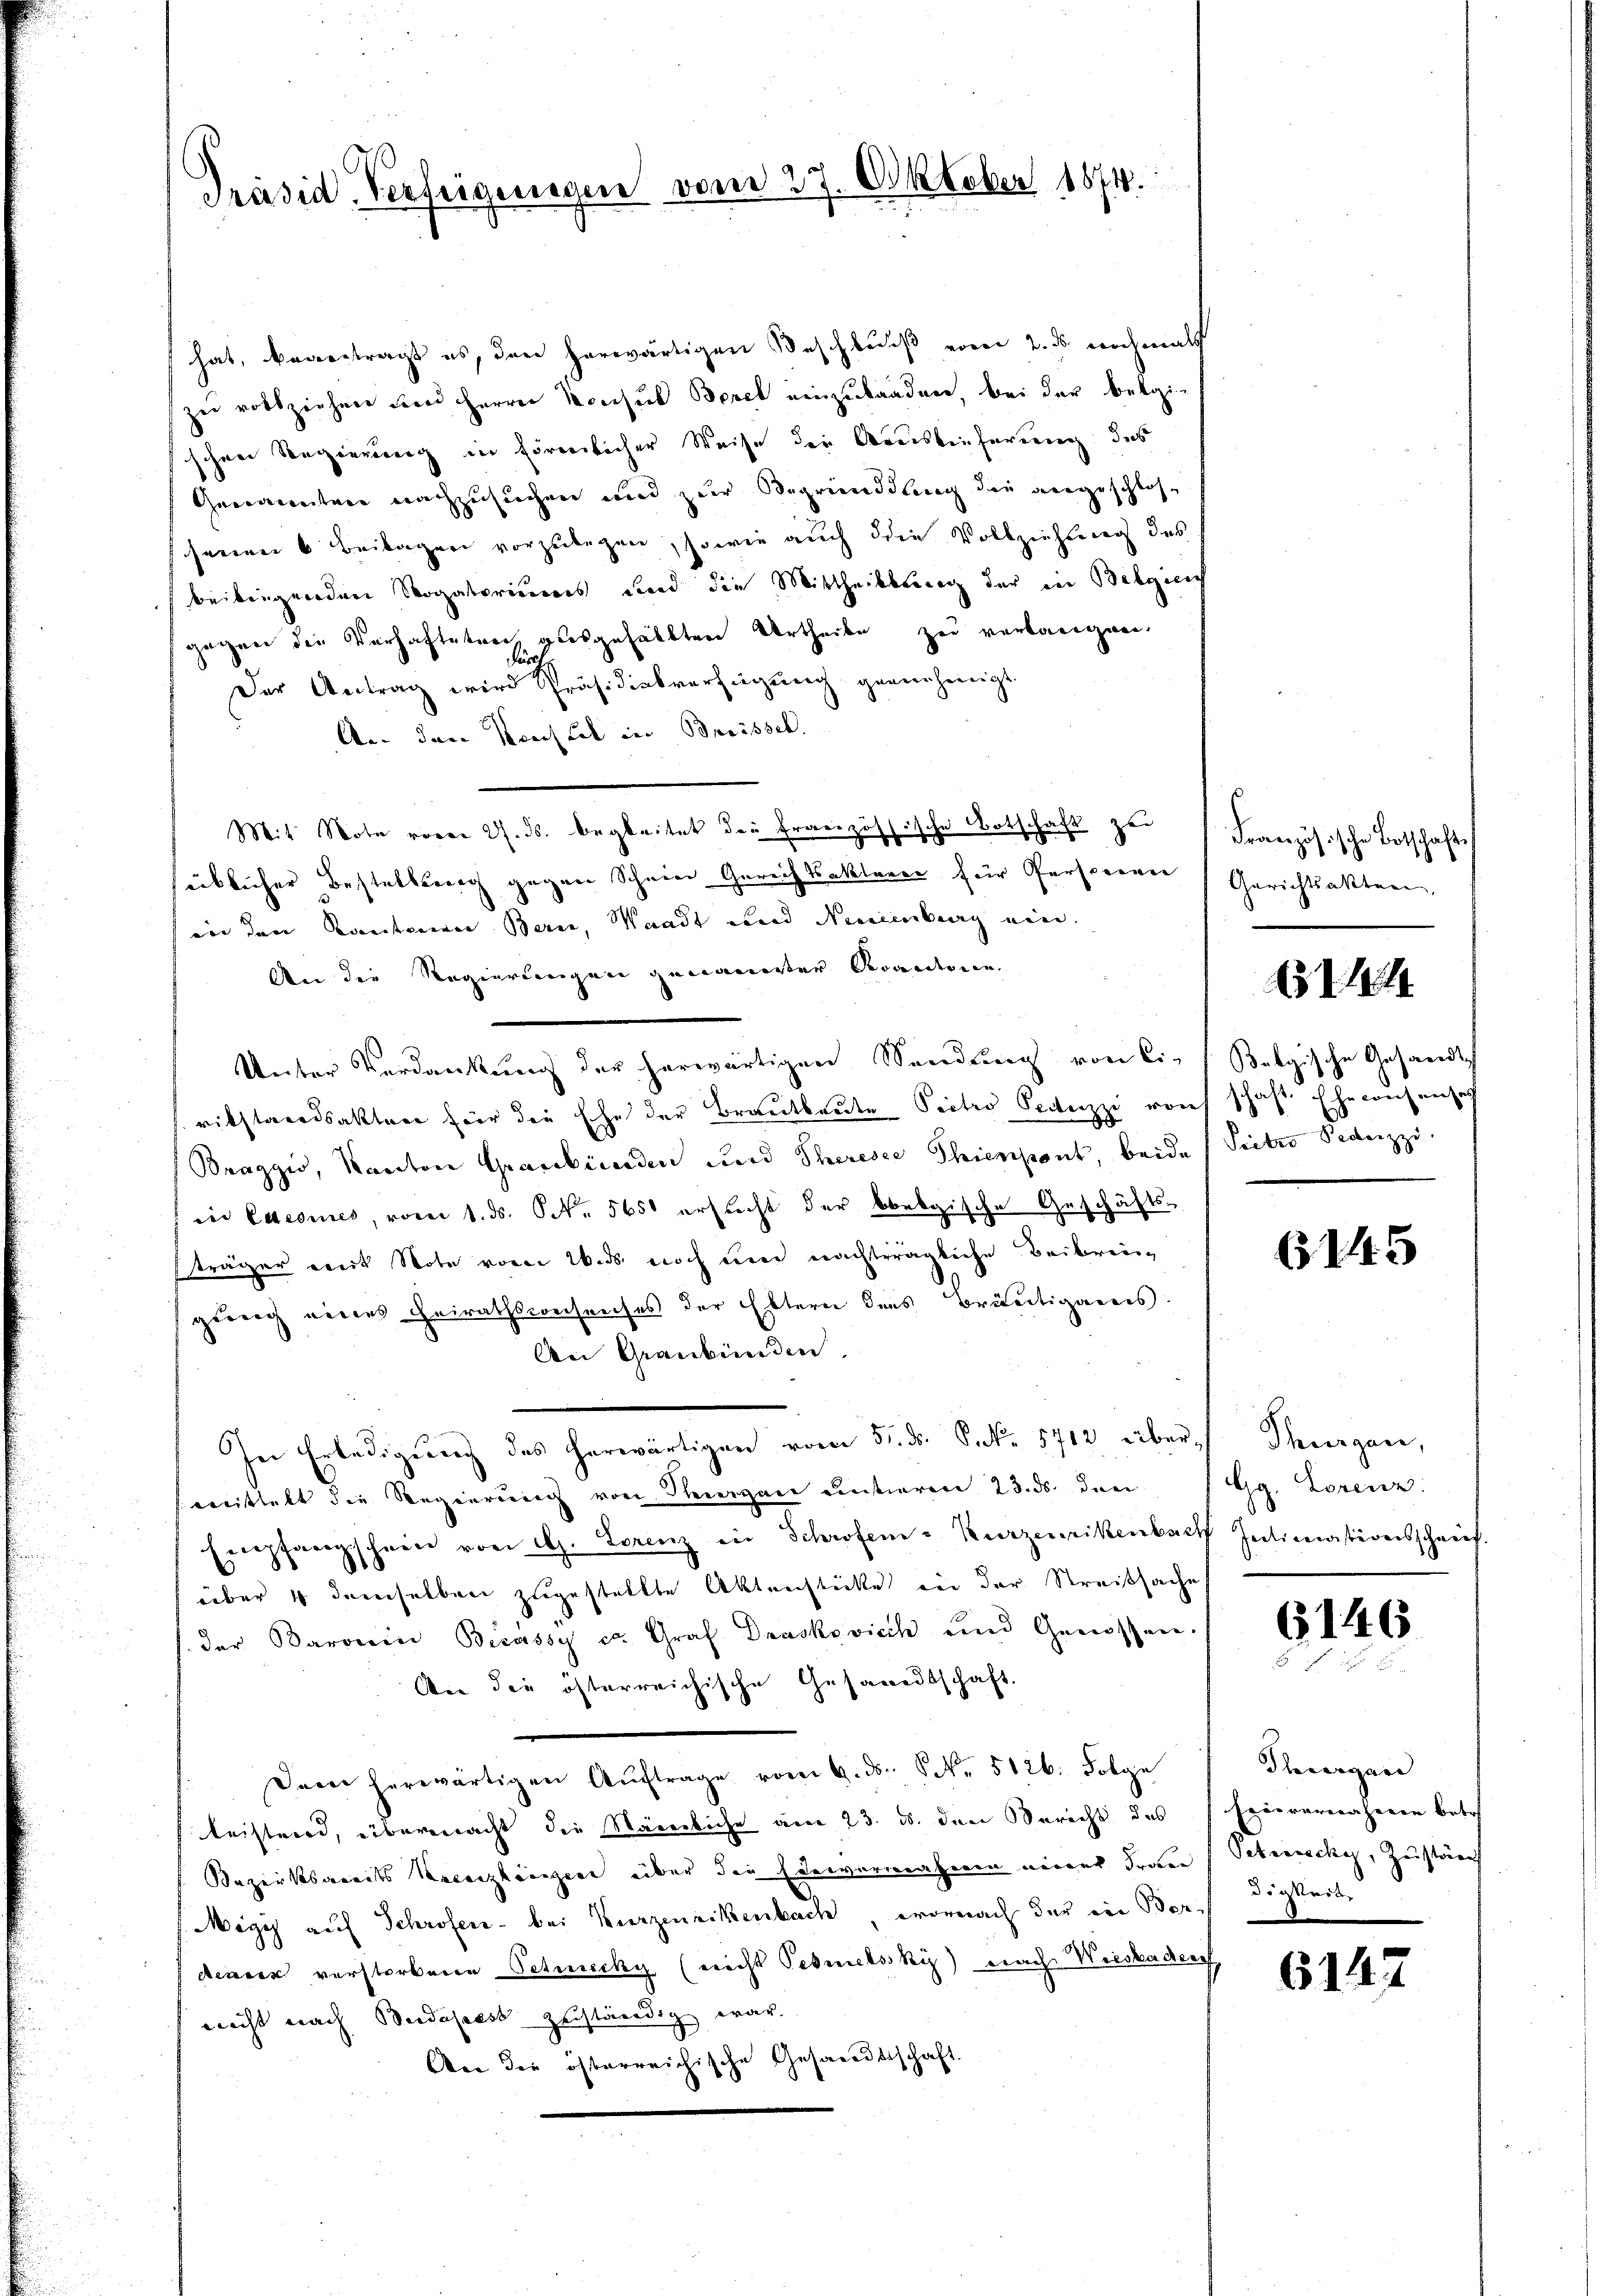
Präsid. Verfeigungen vom 27. Oktober 1874.

hat, beantragt es, den herwärtigen Beschluß vom 2. ds nochmals
zu rothziehen und Herren Konsul Borel einzubaaden, bei der bekgi-
schen Regierung in förmlicher Weise der Auslieferung, das
Genannten nachzusuchen und zur Begründung die angeschlos-
senen 6 Beilagen vorzulegen, sowie auch die Vollziehung des
beibringenden Rogatoriums und die Mittheilbare der in Belgien
gegen die Verhafteten, ausgefällten Urtheile zu verlangen,
ar
Der Antrag wird Präsidialverfügung gegenheinigt.
An den Konsul in Breissch
Mit Note vom 27. ds. begleitet der französische Botschaft zu
süblicher Bestellung gegen Scheine Gerichtsakterer für Personen
ion den Kontrennen Bern, Waadt und Neuenburg ein.
An die Regierungen genannter Decandiene
Unter Verdankung der herwärtigen Sendung von Ci-Belgische Gesandtsch
rikstandsakter für die Ehe der Brautbaute Pectro Pectezzi roh schaft. Ehekonsensat
Braggio, Kanton Graubünden und Theresse Thienpant, beide Seiter Seduzzi.
in Caesies, vom 1. ds. S. 565 erstecht der bbelgische Geschäfts-
träger mit Note vom 26. ds noch um nachträgliche Beibreigung eines Heirathswechreises der Eltern des Bräutigareis
An Graubünden.
In Erledigung des herwärtigen vom 5. ds. S. 5712 überwittelt die Regierung von Thurgau unstieren 23. ds. den
Empfangschein von dh. Lorenz in Schrofen-Kurzenrikenbach Intimationsschaufüber 4 demselben zugestellte Aktenstücke in der Streitsache
der Baronen Bicassy ca. Graf Draskovich und Genossen.
An die österreichische Gesandtschaft.
Dem herwärtigen Aŭftrage vom 9. ds. S. 5126. Folge
leistend, übermacht die Nämliche am 23. ds. den Bericht des
Bezirksareits Recenzlinigen über die Ederverwahrern einer Frau (Petruncky, Zustän
Megis auf Schröfen - bei Kurzeneikenbach, wornach der ein Berdenen verstorbene Petenecky (nicht Gebietskis) nach Wieskaden
nicht nach Beidaselst zuständig war.
An die österreichische Gesandtschaft.

Französische Botschaft
Gerichtsakten.

13114

6145

Thurgau,
Gg. Lorenz

6146

Thurgan
Epis vernahmen betr
digkeit,

6147